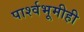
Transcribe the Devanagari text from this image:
पार्श्वभूमीही